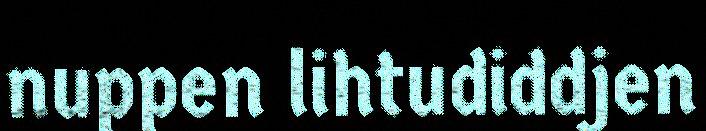
nuppen lihtudiddjen